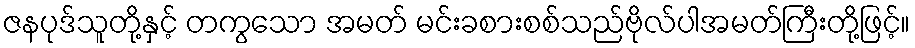
ဇနပုဒ်သူတို့နှင့် တကွသော အမတ် မင်းခစားစစ်သည်ဗိုလ်ပါအမတ်ကြီးတို့ဖြင့်။